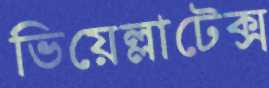
ভিয়েল্লাটেক্স